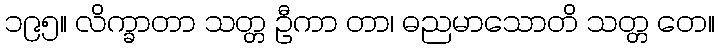
၁၉၅။ လိက္ခာတာ သတ္တ ဦကာ တာ၊ ဓညမာသောတိ သတ္တ တေ။